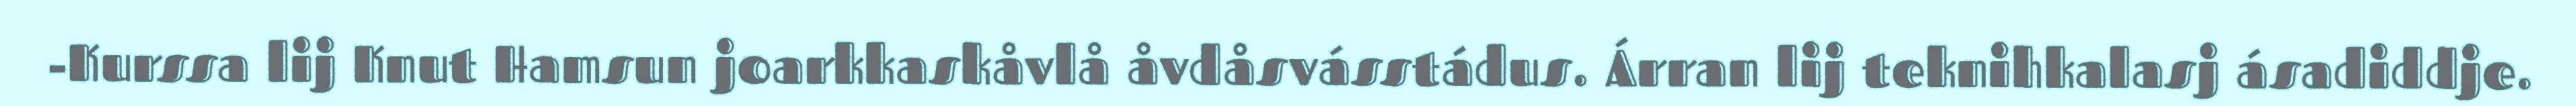
-Kurssa lij Knut Hamsun joarkkaskåvlå åvdåsvásstádus. Árran lij teknihkalasj ásadiddje.